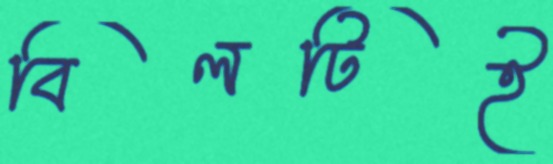
বিলটিই